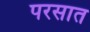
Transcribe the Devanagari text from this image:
परसात